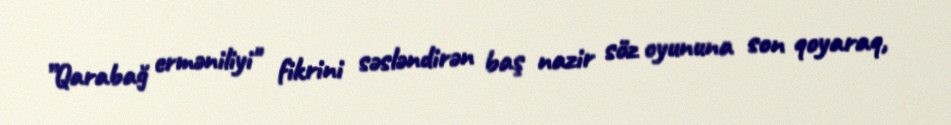
”Qarabağ erməniliyi" fikrini səsləndirən baş nazir söz oyununa son qoyaraq,